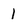
Character: I